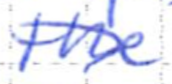
Text: the
Cross-out: diagonal
Writing tool: ballpoint